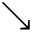
\searrow